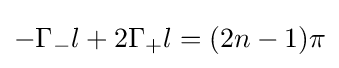
-\Gamma _{-}l+2\Gamma _{+}l=(2n-1)\pi